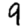
Digit: 9